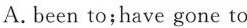
A. been to; have gone to